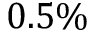
0 . 5 \%